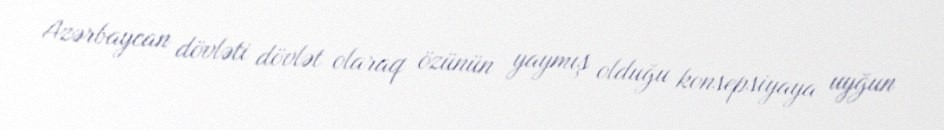
Azərbaycan dövləti dövlət olaraq özünün yaymış olduğu konsepsiyaya uyğun